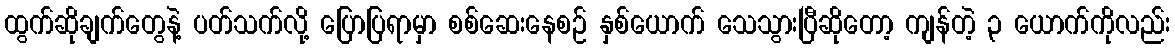
ထွက်ဆိုချက်တွေနဲ့ ပတ်သက်လို့ ပြောပြရာမှာ စစ်ဆေးနေစဉ် နှစ်ယောက် သေသွားပြီဆိုတော့ ကျန်တဲ့ ၃ ယောက်ကိုလည်း